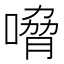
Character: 嗋